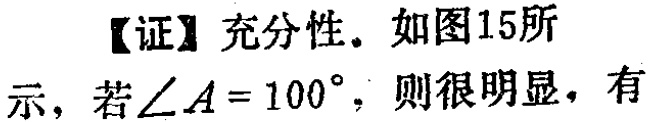
【证】充分性。如图15所示，若\(\angle A = 100^{\circ}\)，则很明显，有